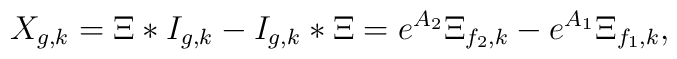
X_{g,k}=\Xi\ast I_{g,k}-I_{g,k}\ast\Xi=e^{A_2}\Xi_{f_2,k}-e^{A_1}\Xi_{f_1,k},